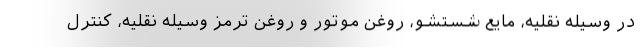
در وسیله نقلیه، مایع شستشو، روغن موتور و روغن ترمز وسیله نقلیه، کنترل